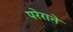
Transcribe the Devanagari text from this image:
परेराने